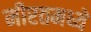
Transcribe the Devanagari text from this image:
मीरतमध्ये